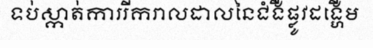
ទប់ស្កាត់ការរីករាលដាលនៃជំងឺផ្លូវដង្ហើម